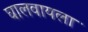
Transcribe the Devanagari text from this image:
घालवायला